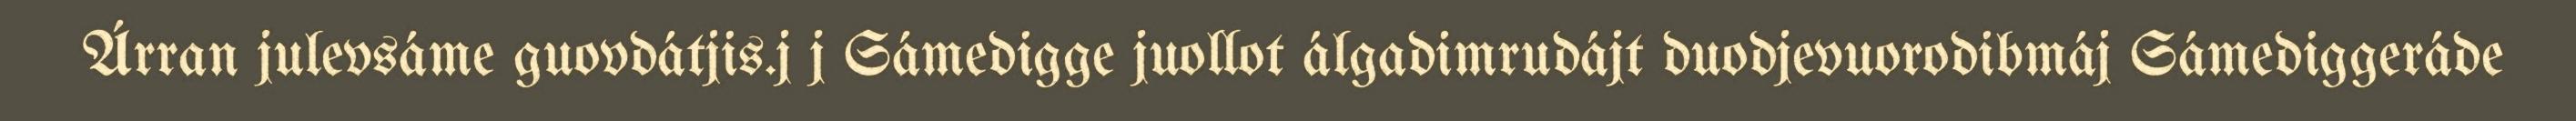
Árran julevsáme guovdátjis.j j Sámedigge juollot álgadimrudájt duodjevuorodibmáj Sámediggeráde